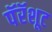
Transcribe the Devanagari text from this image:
पॅरॅशूट